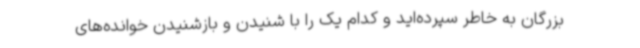
بزرگان به خاطر سپرده‌اید و کدام یک را با شنیدن و بازشنیدن خوانده‌های